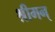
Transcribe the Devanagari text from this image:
श्रीमन्